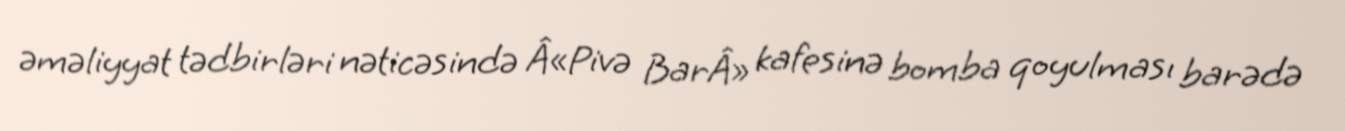
əməliyyat tədbirləri nəticəsində Â«Pivə BarÂ» kafesinə bomba qoyulması barədə